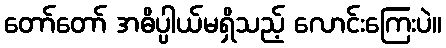
တော်တော် အဓိပ္ပါယ်မရှိသည့် လောင်းကြေးပဲ။